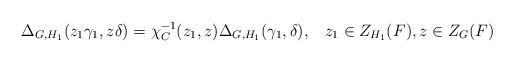
LaTeX: \begin{align*}\Delta_{G, H_{1}}(z_{1}\gamma_{1}, z\delta) = \chi_{C}^{-1}(z_{1}, z) \Delta_{G, H_{1}}(\gamma_{1}, \delta), \,\,\,\,\, z_{1} \in Z_{H_{1}}(F), z \in Z_{G}(F)\end{align*}